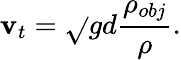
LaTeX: \mathbf{v}_{t}={\sqrt{}{{gd{\frac{{\rho_{obj}}}{{\rho}}}}}}.